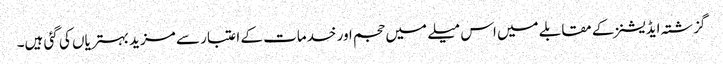
گزشتہ ایڈیشنز کے مقابلے میں اس میلے میں حجم اور خدمات کے اعتبار سے مزید بہتریاں کی گئی ہیں۔